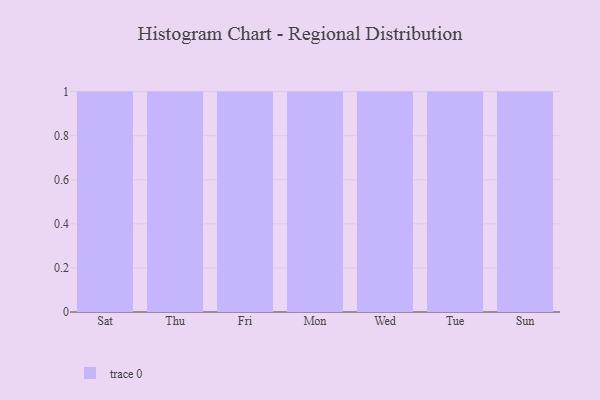
{"axis": {"x": "Day", "y": "Bounce Rate (%)"}, "legend": [""], "data": [{"x": "Sat", "y": 26, "type": ""}, {"x": "Thu", "y": 21, "type": ""}, {"x": "Fri", "y": 27, "type": ""}, {"x": "Mon", "y": 27, "type": ""}, {"x": "Wed", "y": 56, "type": ""}, {"x": "Tue", "y": 50, "type": ""}, {"x": "Sun", "y": 58, "type": ""}]}